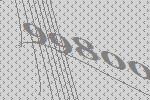
99800